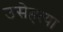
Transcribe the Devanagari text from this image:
उसेहत्या